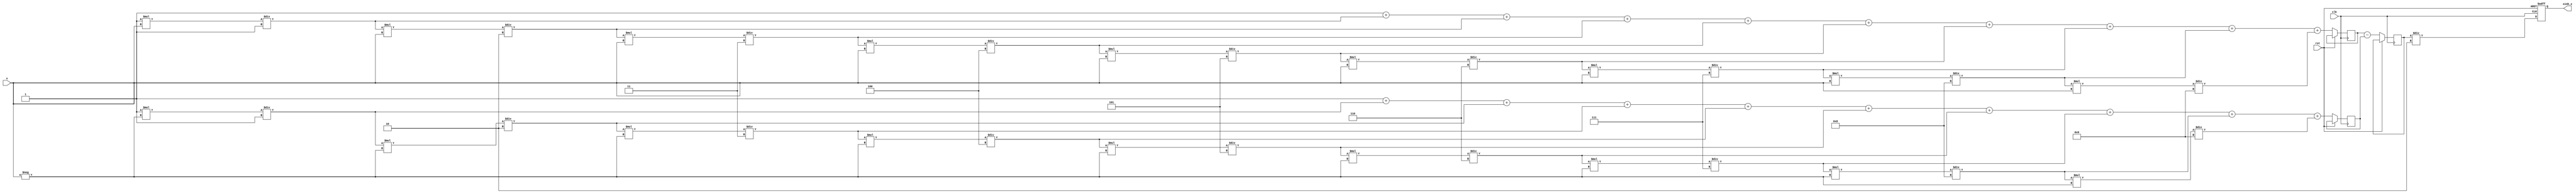
module sinh_block (
    input  wire [31:0] x,       // Input: Fixed-point representation of x
    output reg  [31:0] sinh_x,  // Output: Fixed-point representation of sinh(x)
    input  wire clk,             // Clock signal
    input  wire rst              // Reset signal
);

    // Parameters for Taylor series expansion
    parameter N = 10; // Number of terms in the Taylor series
    reg [31:0] exp_x;   // e^x
    reg [31:0] exp_neg_x; // e^(-x)
    reg [31:0] e_x_minus_neg_x; // e^x - e^(-x)

    // Function to compute e^x using Taylor series
    function [31:0] exp_taylor;
        input [31:0] x;
        integer i;
        reg [31:0] term;
        reg [31:0] sum;
        begin
            sum = 32'h00000001; // e^0 = 1
            term = 32'h00000001; // First term is 1

            for (i = 1; i < N; i = i + 1) begin
                term = (term * x) / i; // Calculate term = x^i / i!
                sum = sum + term;      // Add term to sum
            end
            exp_taylor = sum;
        end
    endfunction

    always @(posedge clk or posedge rst) begin
        if (rst) begin
            sinh_x <= 32'b0; // Reset output
        end else begin
            exp_x <= exp_taylor(x);                // Compute e^x
            exp_neg_x <= exp_taylor(-x);           // Compute e^(-x)
            e_x_minus_neg_x <= exp_x - exp_neg_x;  // e^x - e^(-x)
            sinh_x <= e_x_minus_neg_x / 32'h00000002; // sinh(x) = (e^x - e^(-x)) / 2
        end
    end
endmodule